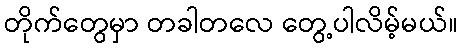
တိုက်တွေမှာ တခါတလေ တွေ့ပါလိမ့်မယ်။